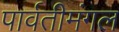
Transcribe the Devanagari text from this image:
पार्वतीमंगल